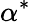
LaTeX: \alpha^{*}